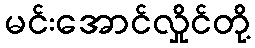
မင်းအောင်လှိုင်တို့